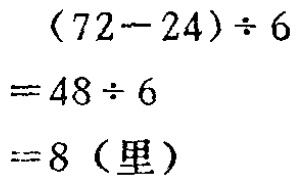
\((72 - 24)\div 6\)

\(= 48\div 6\)

\(= 8\)（里）